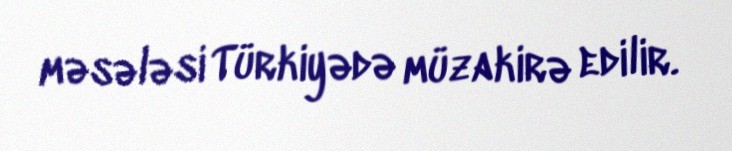
məsələsi Türkiyədə müzakirə edilir.